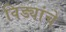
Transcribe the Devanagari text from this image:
विड्यांचे